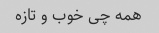
همه چی خوب و تازه